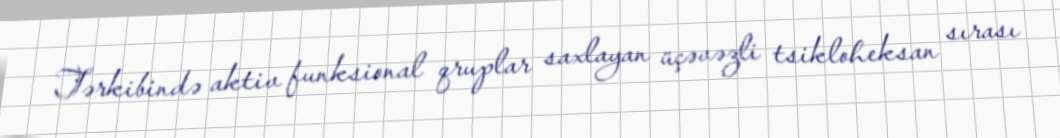
Tərkibində aktiv funksional qruplar saxlayan üçəvəzli tsikloheksan sırası